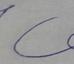
Signature authenticity: forged